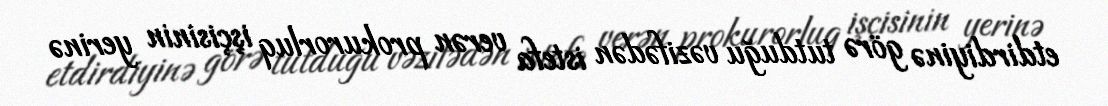
etdirdiyinə görə tutduğu vəzifədən istefa verən prokurorluq işçisinin yerinə